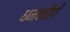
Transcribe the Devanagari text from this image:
धमकीही